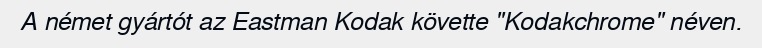
A német gyártót az Eastman Kodak követte "Kodakchrome" néven.